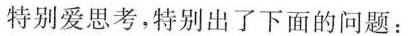
特别爱思考，特别出了下面的问题：